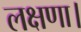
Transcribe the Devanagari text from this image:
लक्षणा।